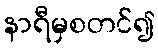
နာရီမှစတင်၍